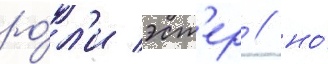
ро́л'и эст'ер / но́